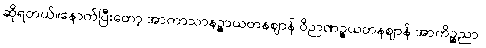
ဆိုရတယ်။နောက်ပြီးတော့ အာကာသာနဉ္စာယတနဈာန် ဝိဉာဏဉ္စယတနဈာန် အာကိဉ္စညာ-